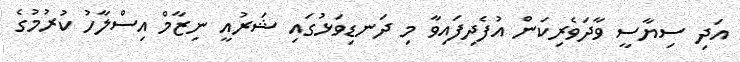
އަދި ސިޔާސީ ވާދަވެރިކަން އުފެދިފައިވާ މި ދަނޑިވަޅުގައި ޝަރުއީ ނިޒާމް އިސްލާހު ކުރުމުގެ